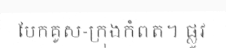
បែកគូស-ក្រុងកំពត។ ផ្លូវ